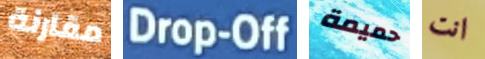
مقارنة Drop-Off حميمة انت